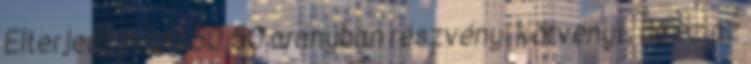
Elterjedt, hogy 50:50 arányban részvény: kötvényt, de ez az